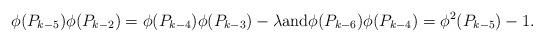
LaTeX: \begin{align*} \phi(P_{k-5})\phi(P_{k-2}) = \phi(P_{k-4})\phi(P_{k-3}) -\lambda\mbox{and} \phi(P_{k-6})\phi(P_{k-4}) = \phi^2(P_{k-5}) -1.\end{align*}